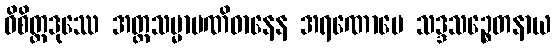
ဝိစိတ္တဒုဿေ အတ္တသမ္မာပဏိဓာနေန အရဏောပေ သဒ္ဒသဉ္စေတနာယ